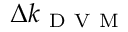
\Delta k _ { \mathrm { ~ D ~ V ~ M ~ } }